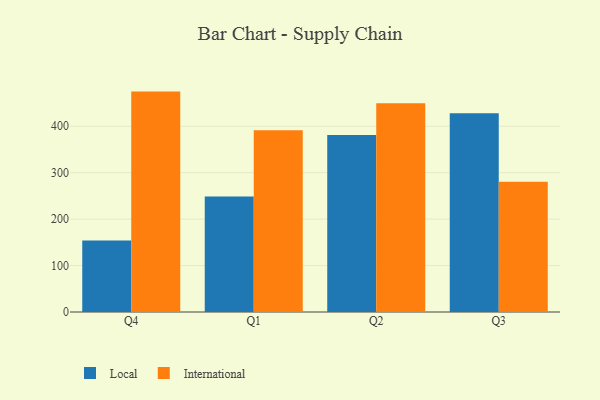
{"axis": {"x": "Quarter", "y": "Shipments"}, "legend": ["International", "Local"], "data": [{"x": "Q4", "y": 154.0, "type": "Local"}, {"x": "Q4", "y": 474.7, "type": "International"}, {"x": "Q1", "y": 249.0, "type": "Local"}, {"x": "Q1", "y": 391.6, "type": "International"}, {"x": "Q2", "y": 381.3, "type": "Local"}, {"x": "Q2", "y": 449.5, "type": "International"}, {"x": "Q3", "y": 428.0, "type": "Local"}, {"x": "Q3", "y": 280.7, "type": "International"}]}